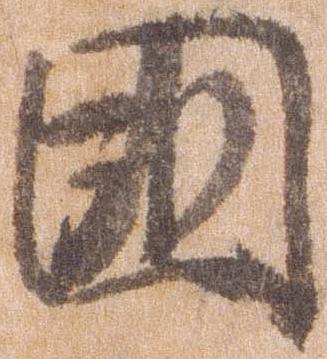
国